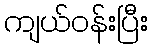
ကျယ်ဝန်းပြီး